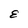
Character: E